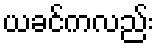
ယခင်ကလည်း